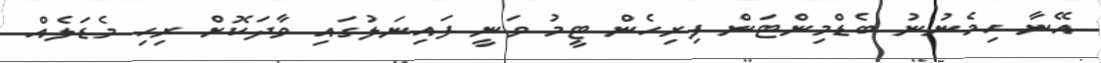
އޭނާ ހިމެނުނު ބެޑްމިންޓަން ފިރިހެން ޓީމު ވަނީ ފައިނަލުގައި ވާދަކޮށް ރިހި މެޑަލެއް